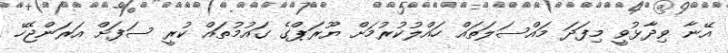
އޭނާ ވިދާޅުވީ މިފަދަ މައްސަލަތައް ހައްލުކުރުމަށް ޔޫރަޕްގެ ގައުމުތައް ކުރީ ސަފަށް އަރަންޖެހޭ